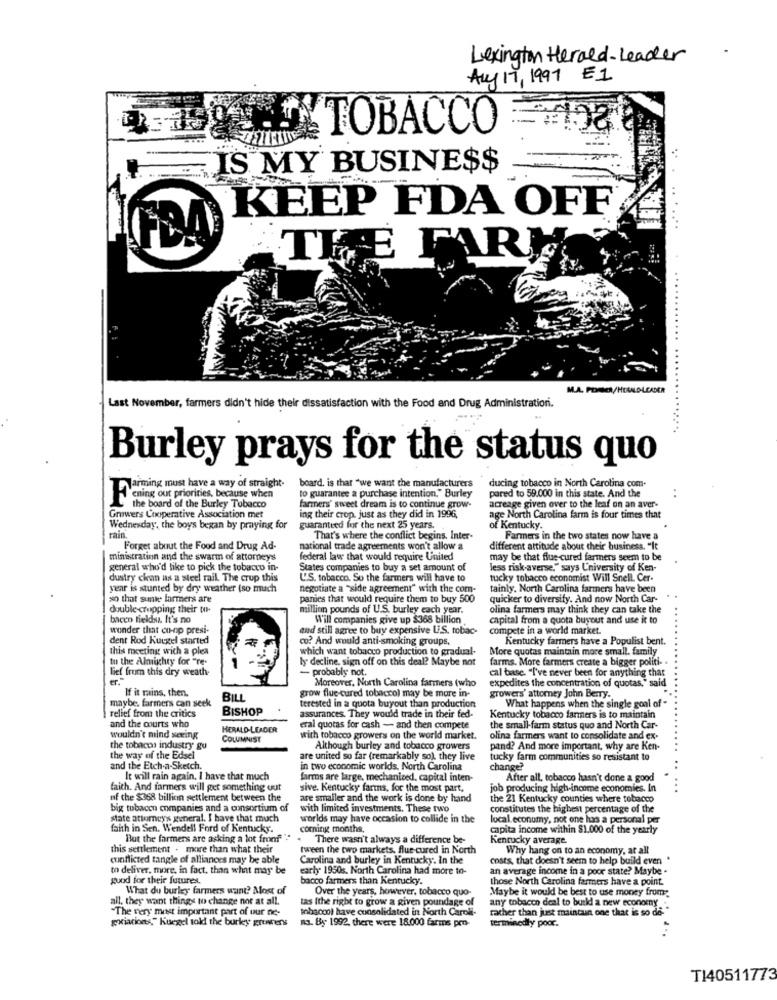
Lexington Herald- Leader
Aug 17, 1991 E1
TOBACCO
IS MY BUSINE$$
KEEP FDA OFF
FDA
THE FARI
-
...... ...
M.A. POMER/HERALD-LEADER
Last November, farmers didn't hide their dissatisfaction with the Food and Drug Administration.
Burley prays for the status quo
arming must have a way of straight.
board. is that "we want the manufacturers
to guarantee a purchase intention." Burley
ducing tobacco in North Carolina com-
"ening out priorines, because when
farmers' sweet dream is to continue grow-
pared to 59.000 in this state. And the
Lthe board of the Burley Tobacco
acreage given over to the leaf on an aver-
Growers Cooperative Association met
ing their crop. just as they did in 1996,
age North Carolina farm is four times that
Wednesday, the boys began by praying for
rain.
guaranteed for the next 25 years.
of Kentucky.
That's where the conflict begins, Inter-
Farmers in the two states now have a
Forget about the Food and Drug Ad-
national trade agreements won't allow a
different attitude about their business. "It
ministration and the swarm of attorney's
federal law that would require United
may be that flue cured farmers seem to be
general who'd like to pick the tobacco in-
States companies to buy a set amount of
less risk-averse," says University of Ken-
dustry ckan as a steel rail. The crup this
US. tobacco. So the farmers will have to
tucky tobacco economist Will Snell. Cer-
year is stunted by dry weather (so much
negotiate a "side agreement" with the com-
tainly. North Carolina farmers have been
xo that sunte farmers are
panies that would require them to buy 500
quicker to diversify. And now North Car-
double cropping their to-
million pounds of U.S. burley each year.
olina farmers may think they can take the
bacen fields. It's no
Will companies give up $368 billion
capital from a quota buyout and use it to
wonder that co-op presi-
and still agree to buy expensive US. tobac-
compete in a world market.
dent Rod Kuegel started
co? And would anti-smoking groups,
Kentucky farmers have a Populist bent.
this meeting with a plea
which want tobacco production to gradual-
More quotas maintain more small. family
tu the Almighty for "re-
ly decline, sign off on this deal? Maybe not
farms. More farmers create a bigger politi- .
lief from this dry weath
- probably not.
Moreover, North Carolina farmers (who
cal base. "I've never been for anything that
If it mains, then.
grow flue-cured tobacco) may be more in-
expedites the concentration of quotas," said
growers' attorney John Berry.
maybe, farmers can seek
BILL
relief from the critics
BISHOP
terested in a quota buyout than production
What happens when the single goal of -
assurances. They would trade in their fed-
Kentucky tobacco farmers is to maintain
and the courts who
HERALD-LEADER
eral quotas for cash - and then compete
the small-farm status quo and North Car-
wouldn't mind seeing
COLUMNIST
with tobacco growers on the world market.
olina farmers want to consolidate and ex-
the tobacon industry gu
Although burley and tobacco growers
pand? And more important, why are Ken-
the way of the Edsel
are united so far (remarkably so), they live
tucky farm communities so resistant to
and the Etch-a-Sketch.
in two economic worlds. North Carolina
change?
It will rain again. I have that much
farros are large, mechaniced, capital inten-
After all, tobacco hasn't done a good
faith. And farmers will get something out
sive. Kentucky farms, for the most part,
job producing high-income economies. In
of the $368 billion settlement between the
are smaller and the work is done by hand
the 21 Kentucky counties where tobacco
big tubacon companies and a consortium of
with limited investments. These two
constitutes the highest percentage of the
state attorneys general. I have that much
worlds may have occasion to collide in the
local economy, not one has a personal per
faith in Sen. Wendell Ford of Kentucky.
coming months,
capita income within $1.000 of the yearly
But the farmers are asking a lot fromff".
There wasn't always a difference be-
Kentucky average.
this settlement . more than what their
tween the two markets, flue-cured in North
Why hang on to an economy, at all
conflicted tangle of alliances may be able
Carolina and burley in Kentucky. In the
costs, that doesn't seem to help build even "
to deliver, more, in fact, than what may be
early. 1950s. North Carolina had more to-
an average income in a poor state? Maybe .
guod for their futures.
bacco farmers than Kentucky.
those North Carolina farmers have a point.
What du burley farmers want? Most of
Over the years, however, tobacco quo-
Maybe it would be best to use money from:
all. they want things to change not at all.
tas Ithe right to grow a given poundage of
any tobacco deal to build a new economy
-The very most important part of our ne-
Inbacco) have consolidated in North Caroli-
rather than just maintain one that is so de "
terminedly poor.
griacions." Kusegel told the burley gruiter's
na. By 1992. there were 18.000 farms pro-
T140511773